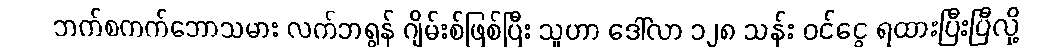
ဘက်စကက်ဘောသမား လက်ဘရွန် ဂျိမ်းစ်ဖြစ်ပြီး သူဟာ ဒေါ်လာ ၁၂၈ သန်း ဝင်ငွေ ရထားပြီးပြီလို့